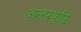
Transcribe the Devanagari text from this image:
अल्पवृष्टि